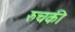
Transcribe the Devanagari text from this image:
रुचकी